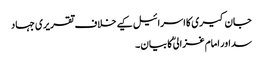
جان کیری کا اسرائیل کیے خلاف تقریری جہاد
سد اور امام غزالی ؒ کا بیان ۔